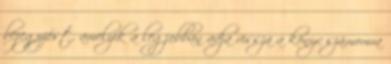
bejegyzést, amelyik a legjobban adja vissza a könyv számomra